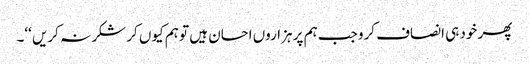
پھر خود ہی انصاف کرو جب ہم پر ہزاروں احسان ہیں تو ہم کیوں کر شکر نہ کریں ‘‘۔